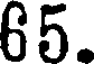
65.